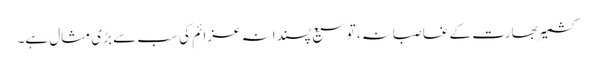
کشمیر بھارت کے غاصبانہ، توسیع پسندانہ عزائم کی سب سے بڑی مثال ہے۔